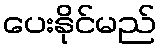
ပေးနိုင်မည်